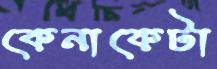
কেনাকেটা